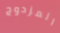
المزدوج